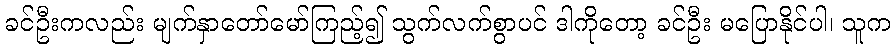
ခင်ဦးကလည်း မျက်နှာတော်မော်ကြည့်၍ သွက်လက်စွာပင် ဒါကိုတော့ ခင်ဦး မပြောနိုင်ပါ၊ သူက